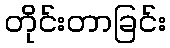
တိုင်းတာခြင်း